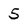
Character: 5